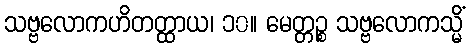
သဗ္ဗလောကဟိတတ္ထာယ၊ ၁၀။ မေတ္တဉ္စ သဗ္ဗလောကသ္မိံ